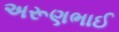
અરૂણભાઈ